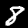
Label: 8